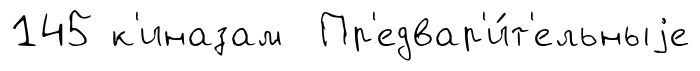
145 к'иназам Пр'едвар'и́т'ельныjе